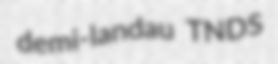
demi-landau TNDS